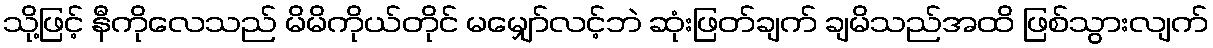
သို့ဖြင့် နီကိုလေသည် မိမိကိုယ်တိုင် မမျှော်လင့်ဘဲ ဆုံးဖြတ်ချက် ချမိသည်အထိ ဖြစ်သွားလျက်